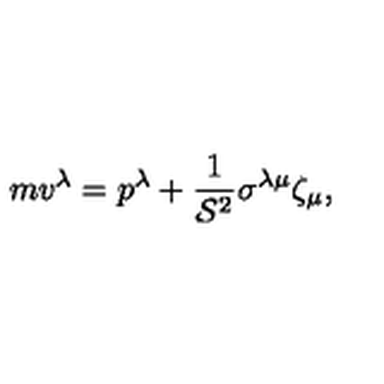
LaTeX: m v ^ { \lambda } = p ^ { \lambda } + \frac { 1 } { { \cal S } ^ { 2 } } \sigma ^ { \lambda \mu } \zeta _ { \mu } ,